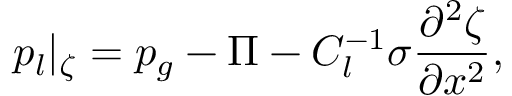
p _ { l } | _ { \zeta } = p _ { g } - \Pi - C _ { l } ^ { - 1 } \sigma \frac { \partial ^ { 2 } \zeta } { \partial x ^ { 2 } } ,